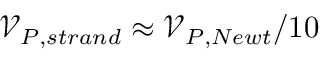
\mathcal { V } _ { P , s t r a n d } \approx \mathcal { V } _ { P , N e w t } / 1 0